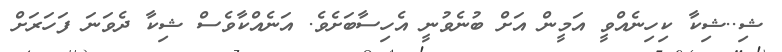
ޝި..ޝިކާ ކިހިނެއްވީ އަމީން އަށް ބުނެވުނީ އެހިސާބަށެވެ. އަނެއްކާވެސް ޝިކާ ދެވަނަ ފަހަރަށް